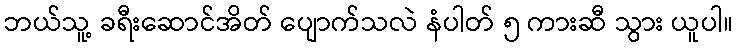
ဘယ်သူ့ ခရီးဆောင်အိတ် ပျောက်သလဲ နံပါတ် ၅ ကားဆီ သွား ယူပါ။